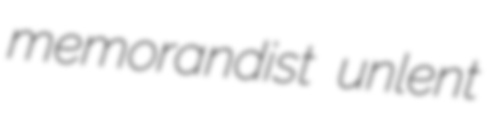
memorandist unlent